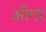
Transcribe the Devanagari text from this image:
औगर